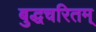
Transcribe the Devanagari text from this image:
बुद्धचरितम्‌